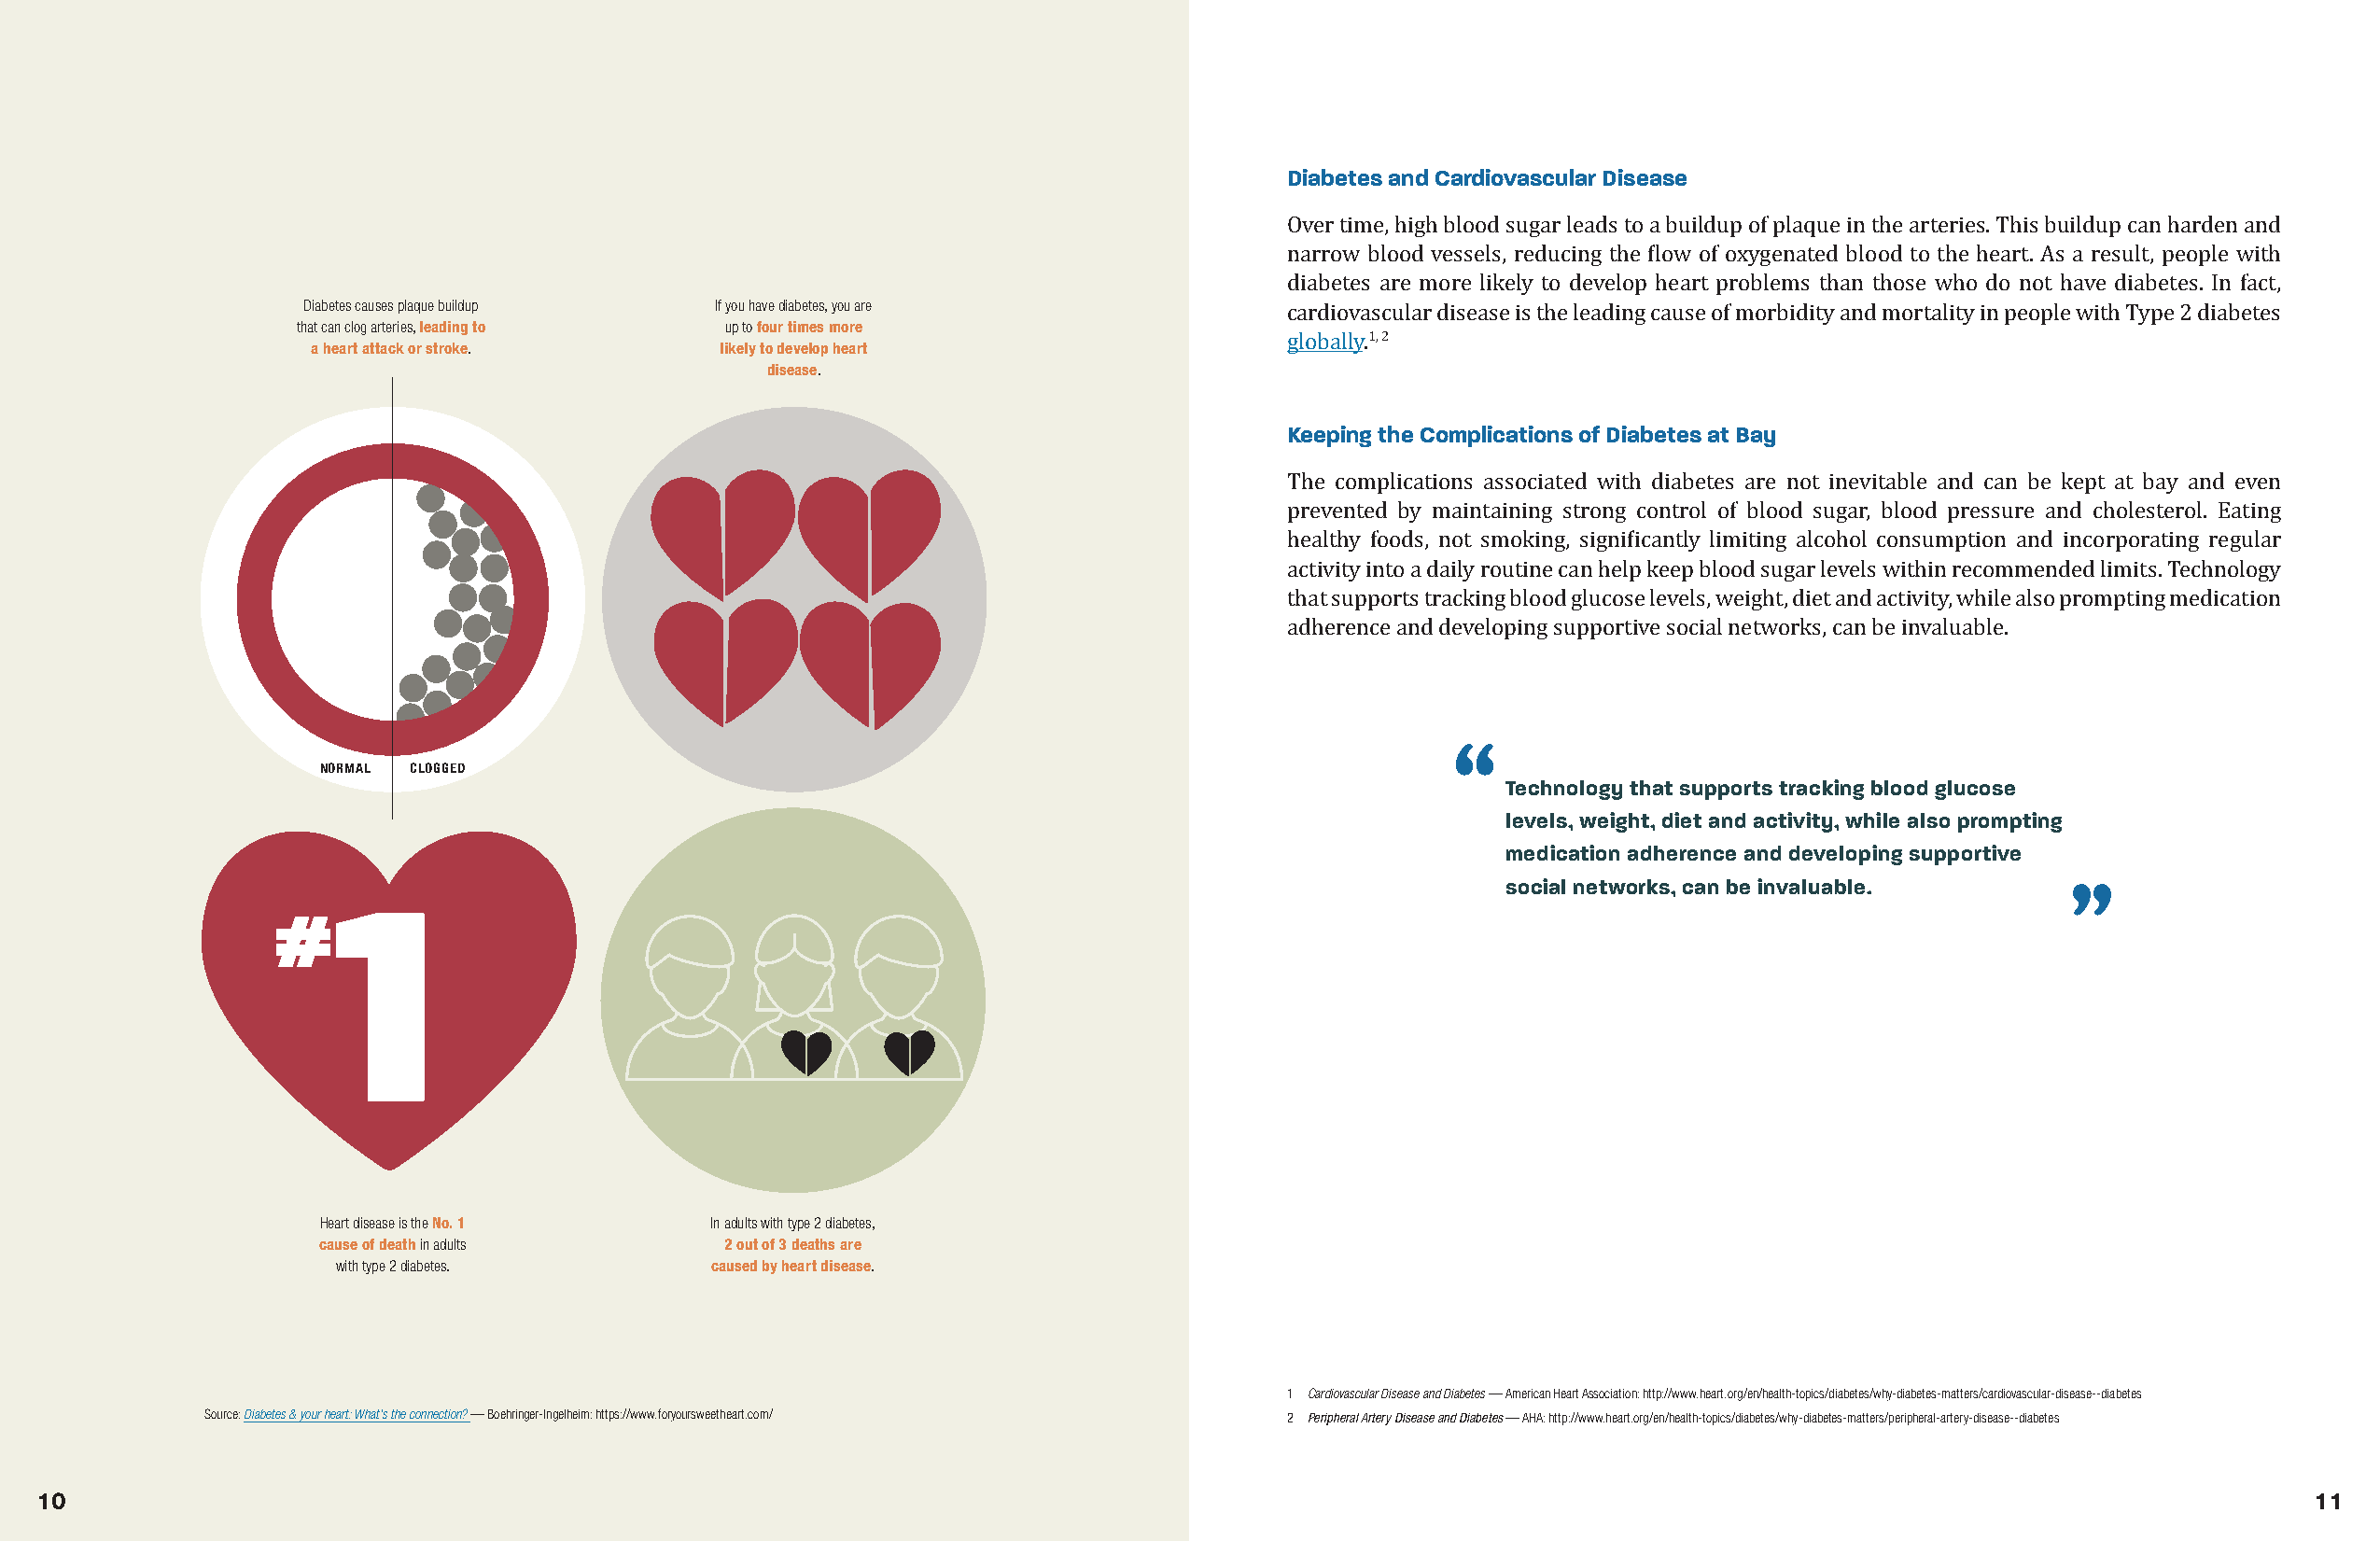
Diabetes and Cardiovascular Disease
 Over time, high blood sugar leads to a buildup of plaque in the arteries. This buildup can harden and
 Diabetes causes plaque buildup If you have diabetes, you are         narrow blood vessels, reducing the flow of oxygenated blood to the heart. As a result, people with
 that can clog arteries, leading to up to four times more              diabetes are more likely to develop heart problems than those who do not have diabetes. In fact,
 a heart attack or stroke.    likely to develop heart
 cardiovascular disease is the leading cause of morbidity and mortality in people with Type 2 diabetes
 disease.                                   1, 2
 globally.
 Keeping the Complications of Diabetes at Bay
 The complications associated with diabetes are not inevitable and can be kept at bay and even
 prevented by maintaining strong control of blood sugar, blood pressure and cholesterol. Eating
 healthy foods, not smoking, significantly limiting alcohol consumption and incorporating regular
 activity into a daily routine can help keep blood sugar levels within recommended limits. Technology
 that supports tracking blood glucose levels, weight, diet and activity, while also prompting medication
 adherence and developing supportive social networks, can be invaluable.
 NORMAL CLOGGED
 Technology that supports tracking blood glucose
 levels, weight, diet and activity, while also prompting
 medication adherence and developing supportive
 social networks, can be invaluable.
 1
 #
 Heart disease is the No. 1 In adults with type 2 diabetes,
 cause of death in adults    2 out of 3 deaths are
 with type 2 diabetes.     caused by heart disease.
 1 Cardiovascular Disease and Diabetes — American Heart Association: http://www.heart.org/en/health-topics/diabetes/why-diabetes-matters/cardiovascular-disease--diabetes
 Source: Diabetes & your heart: What's the connection? — Boehringer-Ingelheim: https://www.foryoursweetheart.com/ 2 Peripheral Artery Disease and Diabetes — AHA: http://www.heart.org/en/health-topics/diabetes/why-diabetes-matters/peripheral-artery-disease--diabetes
 10                                                                                                                                                               11